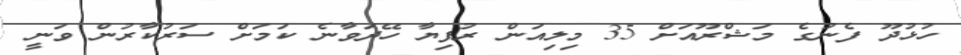
ހުޅުދޫ ފެނުގެ މަޝްރޫއަށް 35 މިލިއަން ރުފިޔާ ހޭދަވާނެ ކަމަށް ސަރުކާރުން ވަނީ